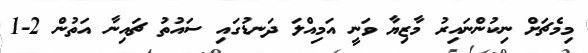
މިމެޗަށް ނިކުންނައިރު މާޒިޔާ ވަނީ އަމިއްލަ ދަނޑުގައި ސައުތު ޗައިނާ އަތުން 2-1